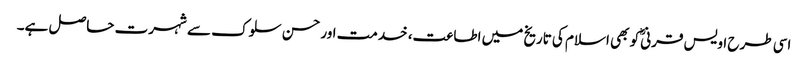
اسی طرح اویس قرنیؓ کو بھی اسلام کی تاریخ میں اطاعت، خدمت اور حسن سلوک سے شہرت حاصل ہے۔